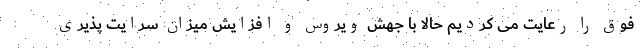
فوق را رعایت می کردیم حالا با جهش ویروس و افزایش میزان سرایت پذیری